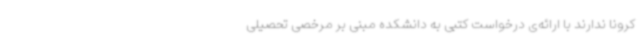
کرونا ندارند با ارائه‌ی درخواست کتبی به دانشکده مبنی بر مرخصی تحصیلی